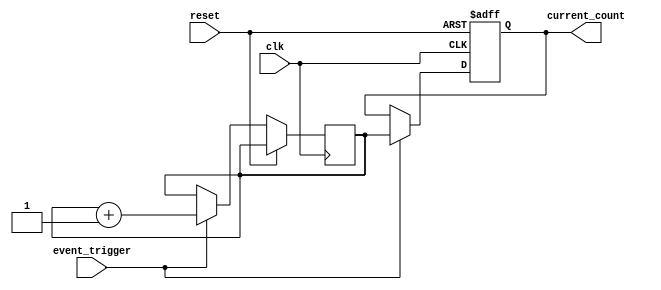
module event_triggered_counter (
    input wire clk,                // System clock
    input wire reset,              // Asynchronous reset
    input wire event_trigger,      // Event trigger signal
    output wire [7:0] current_count // Current count output (8-bit)
);

    // Memory block to store the current count value
    reg [7:0] memory_block [0:255]; // 256 x 8-bit memory
    reg [7:0] count_reg;             // Register to hold the current count

    // Address for the memory block (using a fixed address for simplicity)
    localparam MEM_ADDR = 0;

    // Asynchronous reset logic
    always @(posedge clk or posedge reset) begin
        if (reset) begin
            // Initialize memory block to zero on reset
            memory_block[MEM_ADDR] <= 8'b0;
        end else if (event_trigger) begin
            // Read the current count from memory
            count_reg <= memory_block[MEM_ADDR];

            // Increment the count
            count_reg <= count_reg + 1;

            // Write the updated count back to memory
            memory_block[MEM_ADDR] <= count_reg;
        end
    end

    // Output the current count value from the memory block
    assign current_count = memory_block[MEM_ADDR];

endmodule